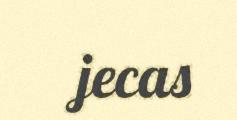
jecas